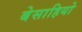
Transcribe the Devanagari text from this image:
बेसाहियो